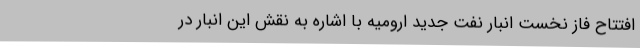
افتتاح فاز نخست انبار نفت جدید ارومیه با اشاره به نقش این انبار در